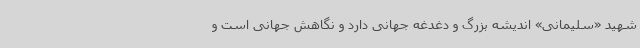
شهید «سلیمانی» اندیشه بزرگ و دغدغه جهانی دارد و نگاهش جهانی است و